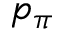
p _ { \pi }